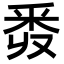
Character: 𨤑